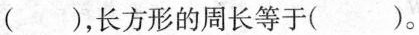
()，长方形的周长等于()。